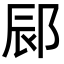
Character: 䣅